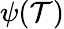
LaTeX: \psi(\mathcal{T})